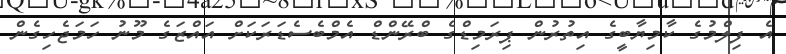
އެ ފިލްމުގެ ކާމިޔާބީގެ އިތުރުން ޕިރަމިޑްގެ ބްރޭންޑް އެމްބެސެޑަރަކަށް އައްޒަގެ މޫނު ހަމަޖެހިގެން